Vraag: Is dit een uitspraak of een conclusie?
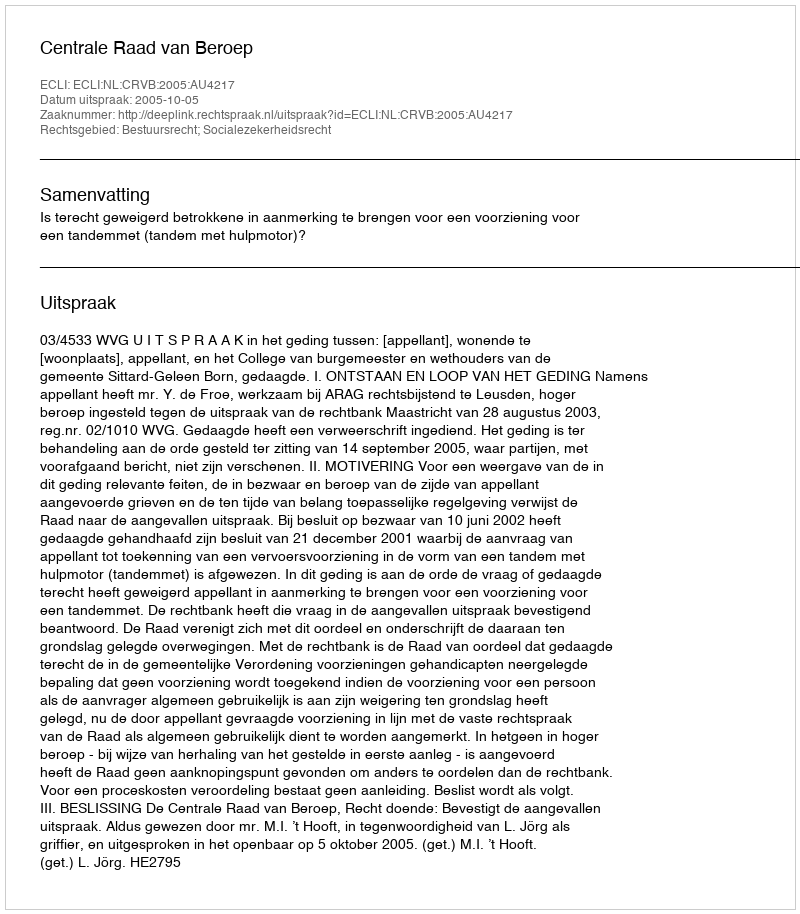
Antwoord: Uitspraak